Plague in India, 1896, 1897 - Volume 1
Year: 1896
Disease focus: Plague
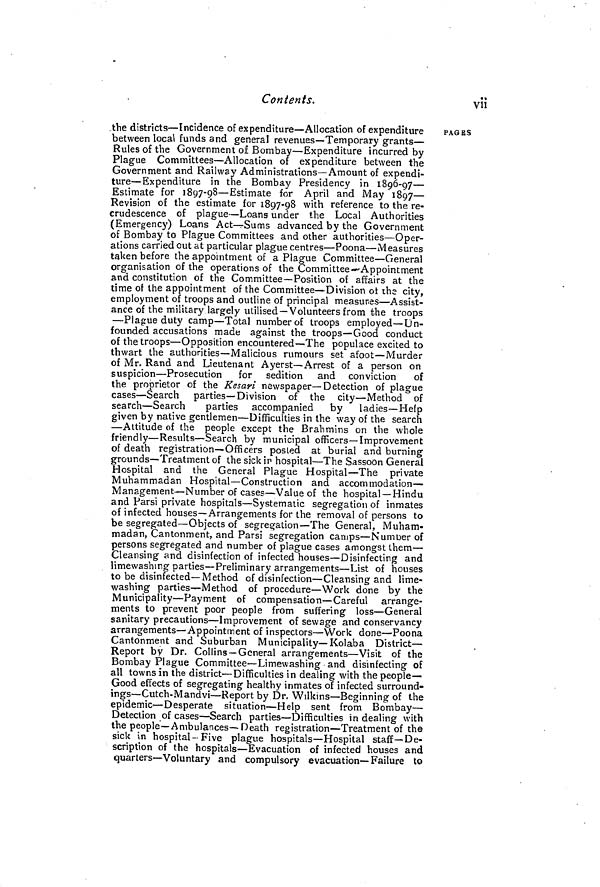
Contents.
vii
the districts—Incidence of expenditure—Allocation of expenditure
between local funds and general revenues—Temporary grants—
Rules of the Government of Bombay—Expenditure incurred by
Plague Committees—Allocation of expenditure between the
Government and Railway Administrations—Amount of expendi-
ture—Expenditure in the Bombay Presidency in 1896-97—
Estimate for 1897-98—Estimate for April and May 1897—
Revision of the estimate for 1897-98 with reference to the re-
crudescence of plague—Loans under the Local Authorities
(Emergency) Loans Act—Sums advanced by the Government
of Bombay to Plague Committees and other authorities—Oper-
ations carried out at particular plague centres—Poona—Measures
taken before the appointment of a Plague Committee—General
organisation of the operations of the Committee—Appointment
and constitution of the Committee—Position of affairs at the
time of the appointment of the Committee—Division of the city,
employment of troops and outline of principal measures—Assist-
ance of the military largely utilised—Volunteers from the troops
—Plague duty camp—Total number of troops employed—Un-
founded accusations made against the troops—Good conduct
of the troops—Opposition encountered—The populace excited to
thwart the authorities—Malicious rumours set afoot—Murder
of Mr. Rand and Lieutenant Ayerst—Arrest of a person on
suspicion—Prosecution
for sedition and conviction of
the proprietor of the Kesari newspaper—Detection of plague
cases—Search parties—Division of the city—Method of
search—Search
parties accompanied
by
ladies—Help
given by native gentlemen—Difficulties in the way of the search
—Attitude of the people except the Brahmins on the whole
friendly—Results—Search by municipal officers—Improvement
of death registration—Officers posted at burial and burning
grounds—Treatment of the sick in hospital—The Sassoon General
Hospital and the General Plague Hospital—The
private
Muhammadan Hospital—Construction and accommodation—
Management—Number of cases—Value of the hospital—Hindu
and Parsi private hospitals—Systematic segregation of inmates
of infected houses—Arrangements for the removal of persons to
be segregated—Objects of segregation—The General, Muham-
madan, Cantonment, and Parsi segregation camps—Number of
persons segregated and number of plague cases amongst them—
Cleansing and disinfection of infected houses—Disinfecting and
limewashing parties—Preliminary arrangements—List of houses
to be disinfected—Method of disinfection—Cleansing and lime-
washing parties—Method of procedure—Work done by the
Municipality—Payment of compensation—Careful arrange-
ments to prevent poor people from suffering loss—General
sanitary precautions—Improvement of sewage and conservancy
arrangements—Appointment of inspectors—Work done—Poona
Cantonment and Suburban Municipality—Kolaba District—
Report by Dr. Collins—General arrangements—Visit of the
Bombay Plague Committee—Limewashing and disinfecting of
all towns in the district—Difficulties in dealing with the people—
Good effects of segregating healthy inmates of infected surround-
ings—Cutch-Mandvi—Report by Dr. Wilkins—Beginning of the
epidemic—Desperate situation—Help sent from Bombay—
Detection of cases—Search parties—Difficulties in dealing with
the people—Ambulances—Death registration—Treatment of the
sick in hospital- Five plague hospitals—Hospital staff—De-
scription of the hospitals—Evacuation of infected houses and
quarters—Voluntary and compulsory evacuation—Failure to
PAGES